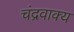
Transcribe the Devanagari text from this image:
चंद्रवाक्य